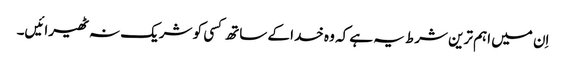
اِن میں اہم ترین شرط یہ ہے کہ وہ خدا کے ساتھ کسی کو شریک نہ ٹھیرائیں۔